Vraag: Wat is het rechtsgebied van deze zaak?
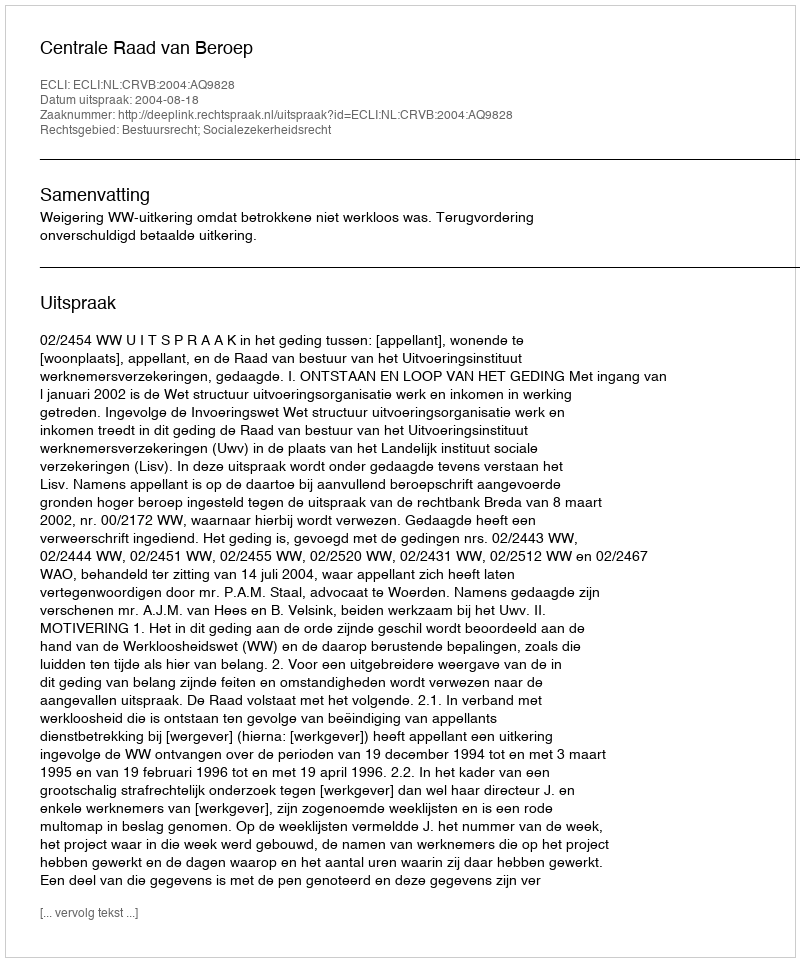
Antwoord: Bestuursrecht; Socialezekerheidsrecht